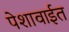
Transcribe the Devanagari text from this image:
पेशावाईत